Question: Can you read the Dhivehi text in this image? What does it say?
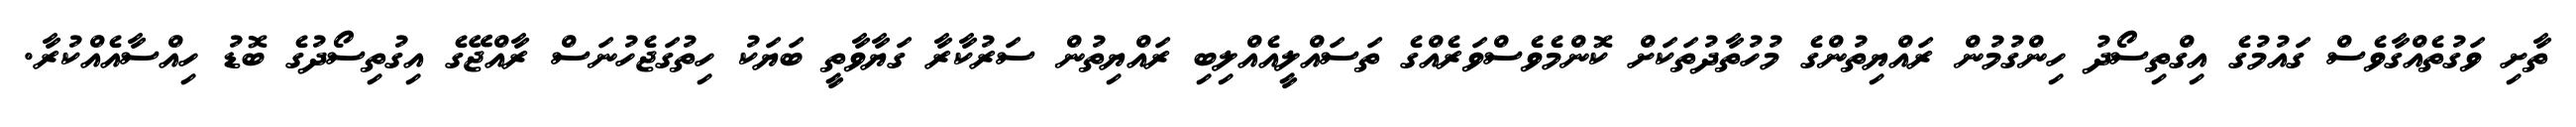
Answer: ތާށި ވަގުތެއްގާވެސް ގައުމުގެ އިގްތިސޯދު ހިންގުމުން ރައްޔިތުންގެ މުހުތާދުތަކަށް ކޮންމެވެސްވަރެއްގެ ތަސައްލީއެއްލިބި ރައްޔިތުން ސަރުކާރާ ގަޔާވާތީ ބަޔަކު ހިތުގަޖެހުނަސް ރާއްޖޭގެ އިގުތިސޯދުގެ ބޮޑު ހިއްސާއެއްކުރާ.